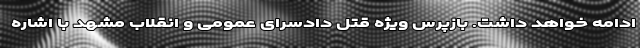
ادامه خواهد داشت. بازپرس ویژه قتل دادسرای عمومی و انقلاب مشهد با اشاره